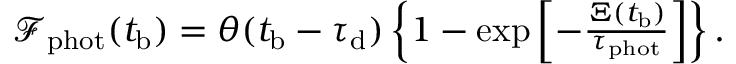
\begin{array} { r } { \mathcal { F } _ { \mathrm { p h o t } } ( t _ { \mathrm { b } } ) = \theta ( t _ { \mathrm { b } } - \tau _ { \mathrm { d } } ) \left\{ 1 - \exp \left[ - \frac { \Xi ( t _ { \mathrm { b } } ) } { \tau _ { \mathrm { p h o t } } } \right] \right\} . } \end{array}